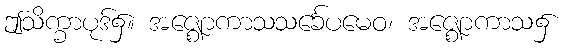
ဤသိက္ခာပုဒ်၌။ အဇ္ဈောကာသသင်္ခေပမေဝ၊ အဇ္ဈောကာသ၌